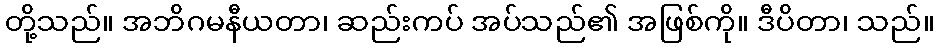
တို့သည်။ အဘိဂမနီယတာ၊ ဆည်းကပ် အပ်သည်၏ အဖြစ်ကို။ ဒီပိတာ၊ သည်။